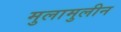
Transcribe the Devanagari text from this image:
मुलामुलीन